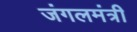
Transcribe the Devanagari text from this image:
जंगलमंत्री